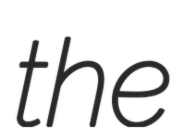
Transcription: the